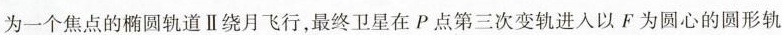
为一个焦点的椭圆轨道Ⅱ绕月飞行，最终卫星在P点第三次变轨进入以F为圆心的圆形轨